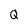
Character: Q